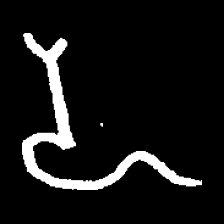
Pyu character \u2014 Myanmar letter: ဍ (romanized: dda)